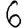
Digit: 6